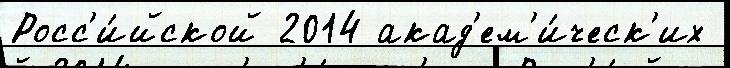
Росс'и́йской 2014 акад'ем'и́ческ'их